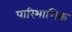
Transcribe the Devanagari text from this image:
पारिभाशिक